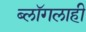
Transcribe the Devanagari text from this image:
ब्लॉगलाही